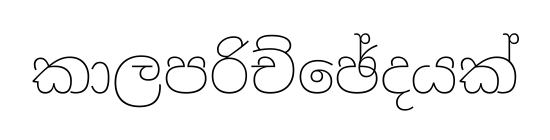
කාලපරිච්ඡේදයක්